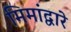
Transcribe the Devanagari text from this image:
मिमांद्वारे